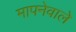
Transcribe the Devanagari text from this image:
मापनेवाले